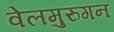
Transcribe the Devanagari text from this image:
वेलमुरुगन